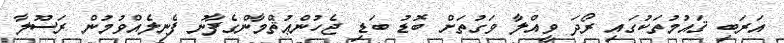
އަރަބި ޤައުމުތަކުގައި ރޯދަ ވީއްލާ ވަގުތަށް ބޮޑު ބަޑި ޖެހުންޢުޘްމާންގެފާނު ފެނިލެއްވުމުން ރަސޫލާ